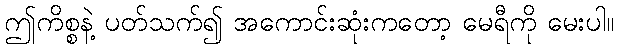
ဤကိစ္စနဲ့ ပတ်သက်၍ အကောင်းဆုံးကတော့ မေရီကို မေးပါ။